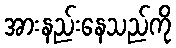
အားနည်းနေသည်ကို